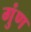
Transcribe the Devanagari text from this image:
गुंण